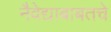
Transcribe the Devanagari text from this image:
नैवेद्याबाबतचे